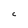
Character: C